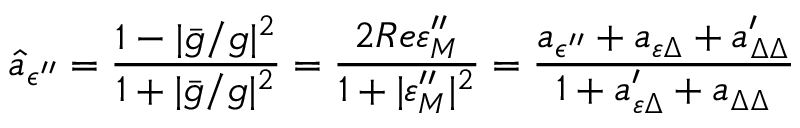
\hat { a } _ { \epsilon ^ { \prime \prime } } = \frac { 1 - | \bar { g } / g | ^ { 2 } } { 1 + | \bar { g } / g | ^ { 2 } } = \frac { 2 R e \varepsilon _ { M } ^ { \prime \prime } } { 1 + | \varepsilon _ { M } ^ { \prime \prime } | ^ { 2 } } = \frac { a _ { \epsilon ^ { \prime \prime } } + a _ { \varepsilon \Delta } + a _ { \Delta \Delta } ^ { \prime } } { 1 + a _ { \varepsilon \Delta } ^ { \prime } + a _ { \Delta \Delta } }